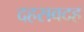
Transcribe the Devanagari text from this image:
दहसवदह